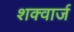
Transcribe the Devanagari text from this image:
शक्वार्ज